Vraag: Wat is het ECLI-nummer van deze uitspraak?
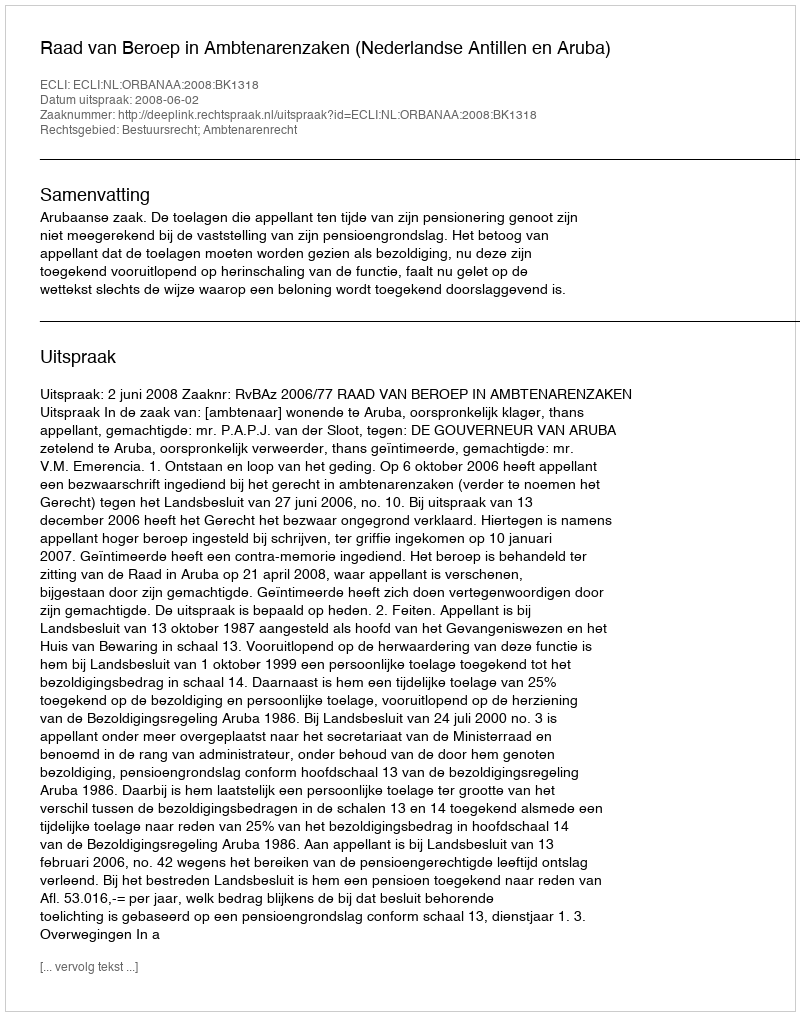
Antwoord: ECLI:NL:ORBANAA:2008:BK1318